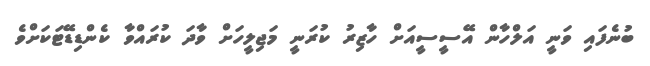
ބުނެފައި ވަނީ އަލްހާން އޭސީސީއަށް ހާޒިރު ކުރަނީ މަޖިލީހަށް ވާދަ ކުރައްވާ ކެންޑިޑޭޓަކަށްވެ